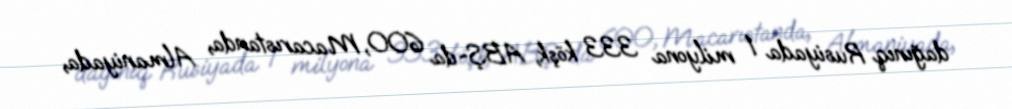
dağınıq Rusiyada 1 milyona 333 köşk, ABŞ-da 600, Macarıstanda, Almaniyada,